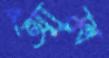
আম